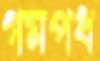
গমপধ